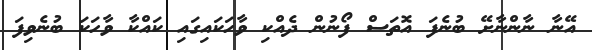
އޭނާ ނާންނާށޭ ބުނެފަ އޮތަސް ފޯނުން ދެއްކި ވާހަކައިގައި ކައްކާ ވާހަކަ ބުނެވިފަ